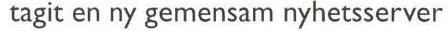
tagit en ny gemensam nyhetsserver